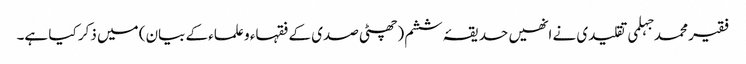
فقیر محمد جہلمی تقلیدی نے انھیں حدیقۂ ششم (چھٹی صدی کے فقہاء و علماء کے بیان) میں ذکر کیا ہے۔